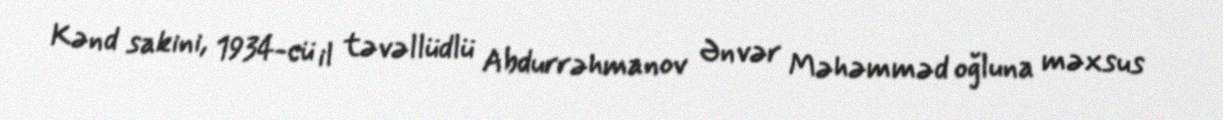
Kənd sakini, 1934-cü il təvəllüdlü Abdurrəhmanov Ənvər Məhəmməd oğluna məxsus